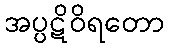
အပ္ပဋိဝိရတော